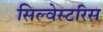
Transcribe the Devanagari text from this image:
सिल्वेस्टरिस